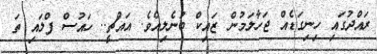
ރައްދުގައި ހިނިގަޑެއް ޖަހާލަމުން ޒައިކް ބުނެލިއެވެ. އައްޗީ.. ހައުސް ފްލައި ތަ